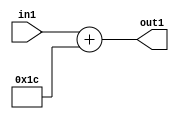
`timescale 1ps / 1ps
/*****************************************************************************
    Verilog RTL Description
    
    
    Created by: Stratus DpOpt 2019.1.01 
*******************************************************************************/

module DC_Filter_Add_12U_139_1 (
	in1,
	out1
	); /* architecture "behavioural" */ 
input [11:0] in1;
output [11:0] out1;
wire [11:0] asc001;

assign asc001 = 
	+(in1)
	+(12'B000000011100);

assign out1 = asc001;
endmodule

/* CADENCE  urj5TAs= : u9/ySgnWtBlWxVPRXgAZ4Og= ** DO NOT EDIT THIS LINE ******/